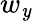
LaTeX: w_{\mathit{y}}